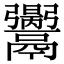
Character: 𩱪